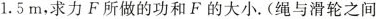
1.5m，求力F所做的功和F的大小。(绳与滑轮之间